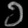
Digit: ၁